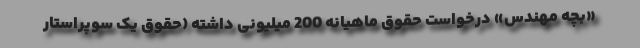
«بچه مهندس» درخواست حقوق ماهیانه 200 میلیونی داشته (حقوق یک سوپراستار